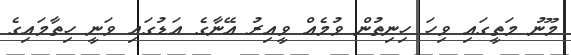
މޫނު މަތީގައި ވިހަ ހިނިތުން ވުމެއް ވީއިރު އޭނާގެ އަޑުގައި ވަނީ ހިތާމައިގެ